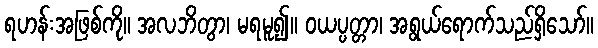
ရဟန်းအဖြစ်ကို။ အလဘိတွာ၊ မရမူ၍။ ဝယပ္ပတ္တာ၊ အရွယ်ရောက်သည်ရှိသော်။